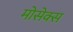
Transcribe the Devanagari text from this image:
मोसेक्स